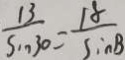
\frac { 1 3 } { \sin 3 0 } = \frac { 1 8 } { \sin B }